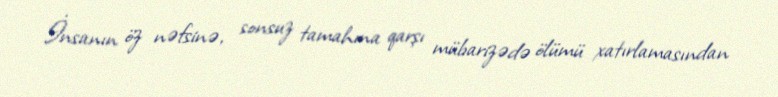
İnsanın öz nəfsinə, sonsuz tamahına qarşı mübarizədə ölümü xatırlamasından